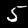
Digit: 5